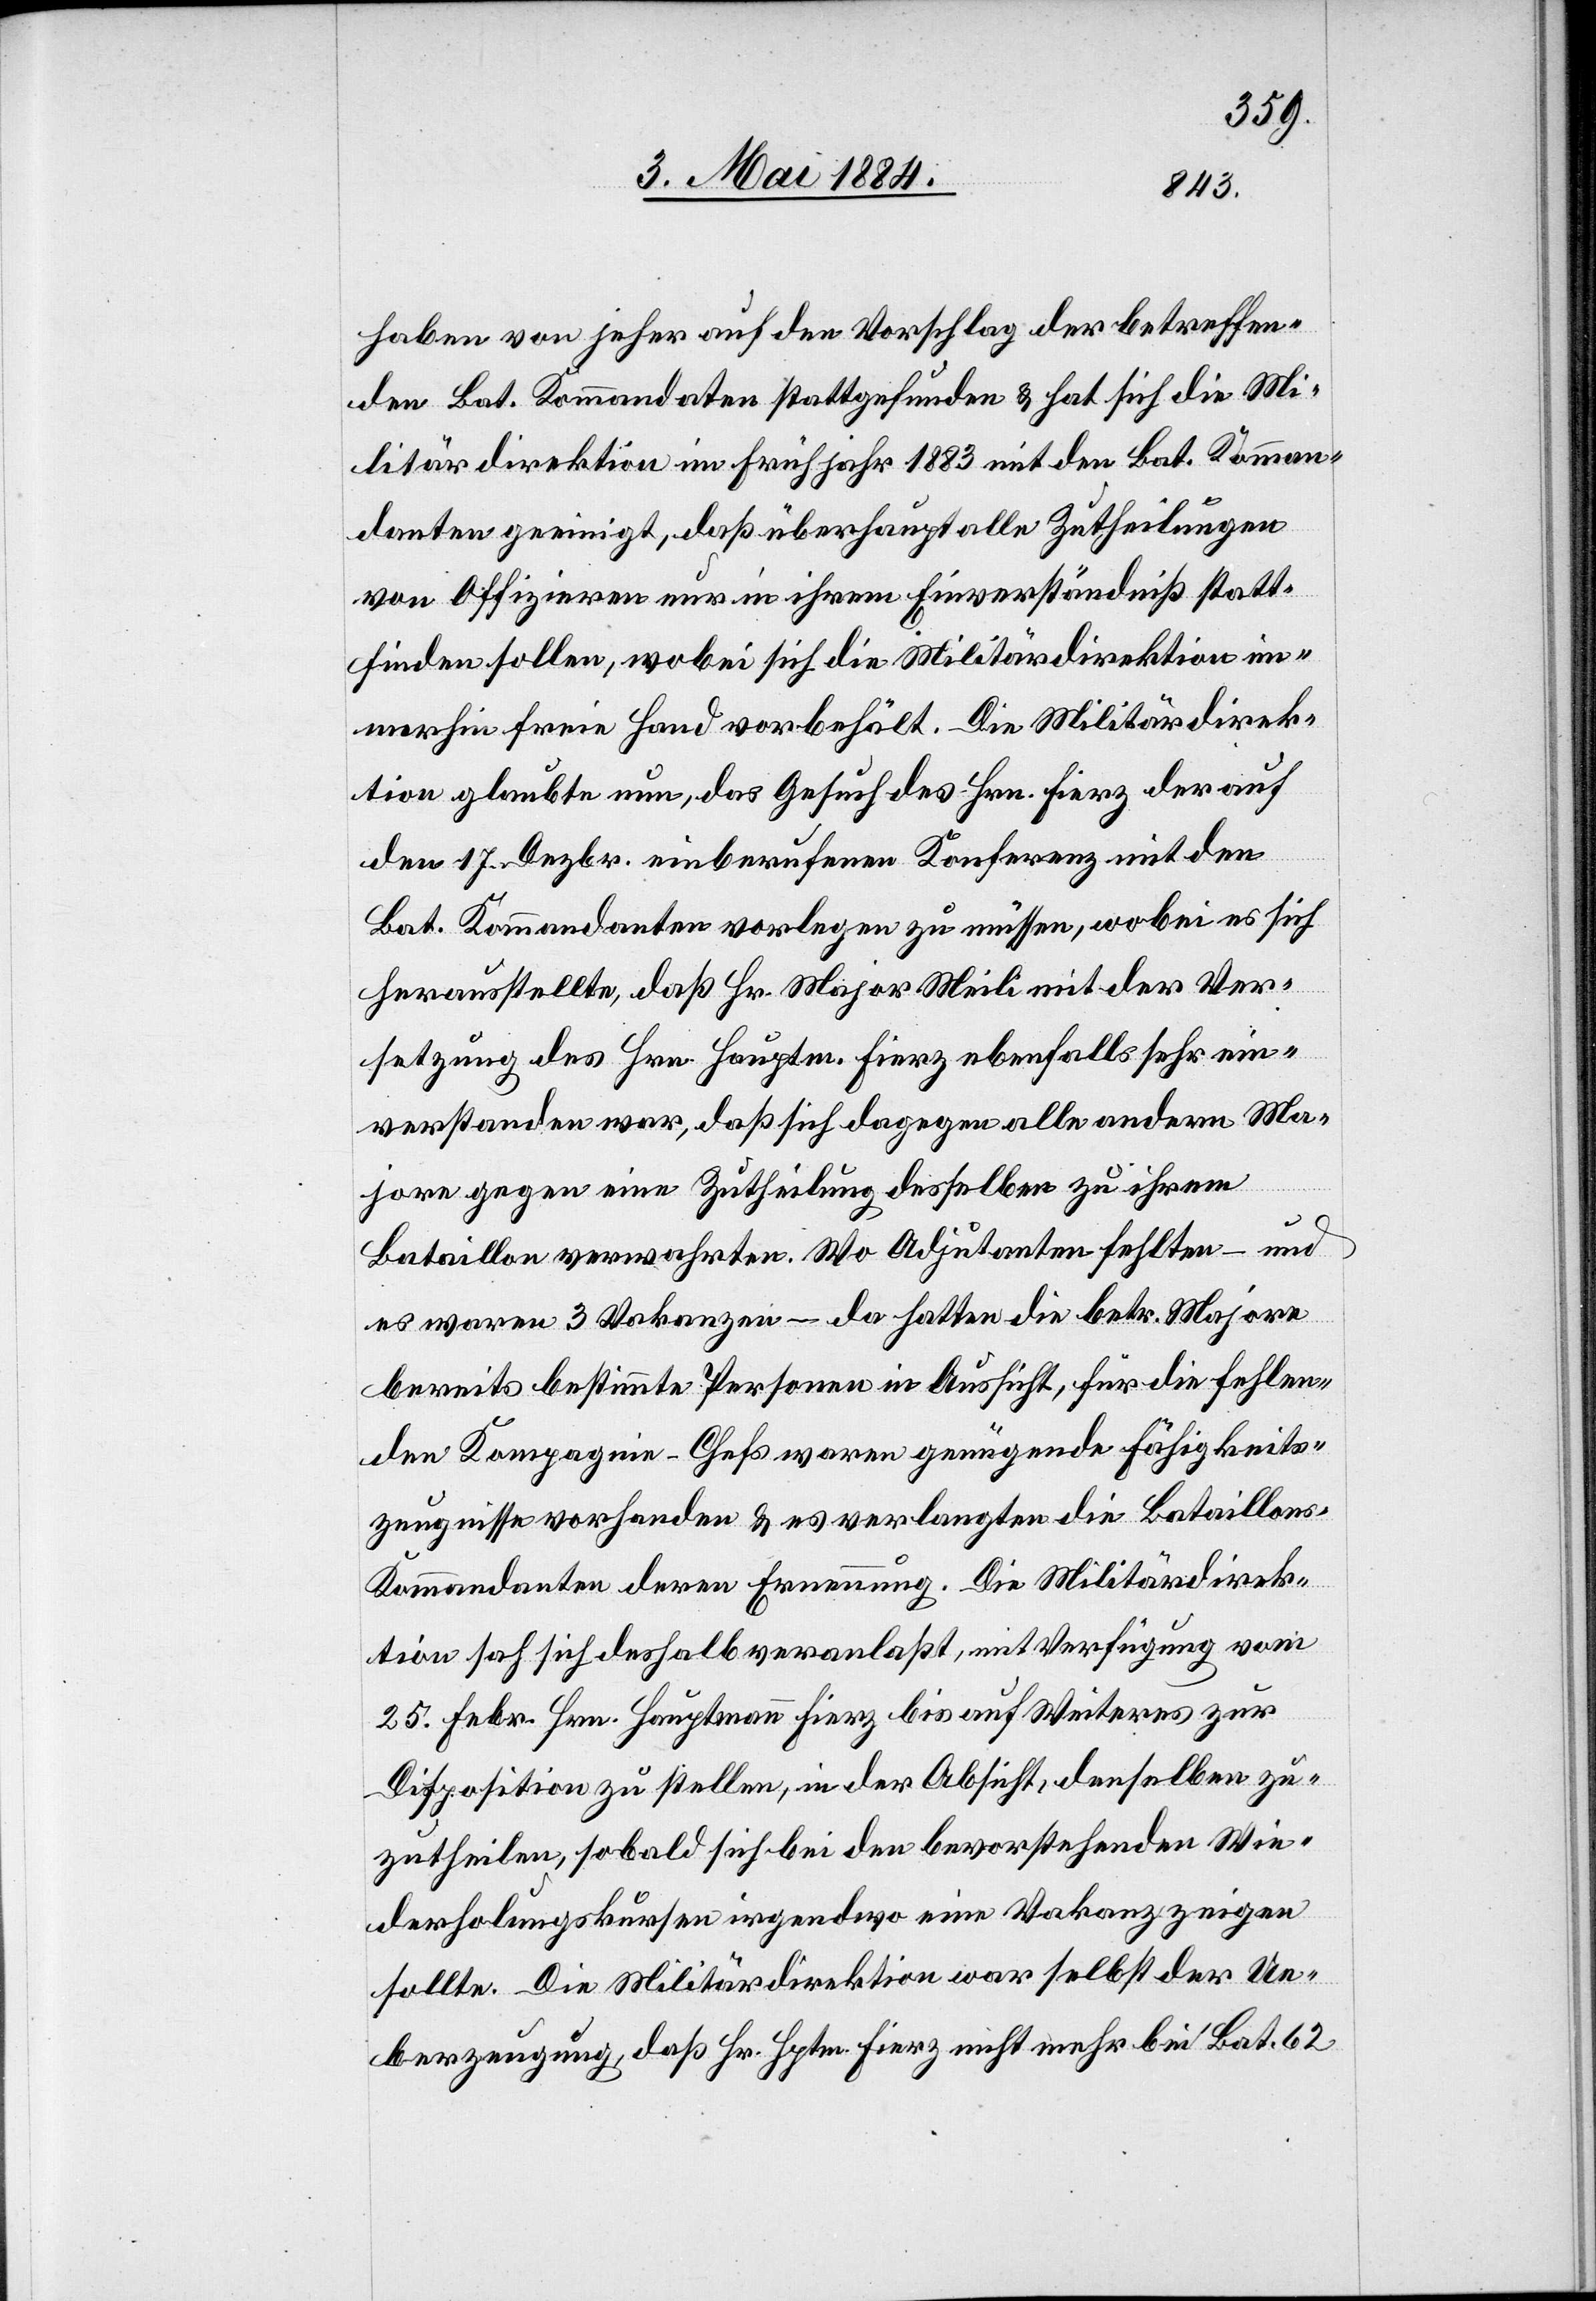
haben von jeher auf den Vorschlag der betreffen¬
den Bat. Kommandanten stattgefunden & hat sich die Mi¬
litärdirektion im Frühjahr 1883 mit den Bat. Komman¬
danten geeinigt, daß überhaupt alle Zutheilungen
von Offizieren nur in ihrem Einverständniß statt¬
finden sollen, wobei sich die Militärdirektion im¬
merhin freie Hand vorbehält. Die Militärdirek¬
tion glaubte nun, das Gesuch des Hrn. Fierz derauf
den Dezbr. einberufenen Konferenz mit den
Bat. Kommandanten vorlegen zu müssen, wobei es sich
herausstellte, daß Hr. Major Meili mit der Ver¬
setzung des Hrn. Hauptm. Fierz ebenfalls sehr ein¬
verstanden war, daß sich dagegen alle andern Ma¬
jore gegen eine Zutheilung desselben zu ihrem
Bataillon verwahrten. Wo Adjutanten fehlten – und
es waren 3 Vakanzen – da hatten die betr. Majore
bereits bestimmte Personen in Aussicht, für die fehlen¬
den Kompagnie-Chefs waren genügende Fähigkeits¬
zeugnisse vorhanden & es verlangten die Bataillons-K¬
ommandanten deren Ernennung. Die Militärdirek¬
tion sah sich deshalb veranlaßt, mit Verfügung vom
25. Febr. Hrn. Hauptmann Fierz bis auf Weiteres zur
Disposition zu stellen, in der Absicht, denselben zu¬
zutheilen, sobald sich bei den bevorstehenden Wie¬
derholungskursen irgendwo eine Vakanz zeigen
sollte. Die Militärdirektion war selbst der Ue¬
berzeugung, daß Hr. Hptm. Fierz nicht mehr bei Bat. 62